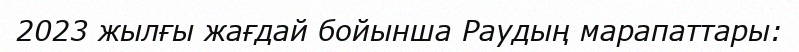
2023 жылғы жағдай бойынша Раудың марапаттары: